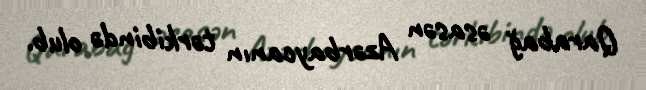
Qarabağ əsasən Azərbaycanın tərkibində olub.